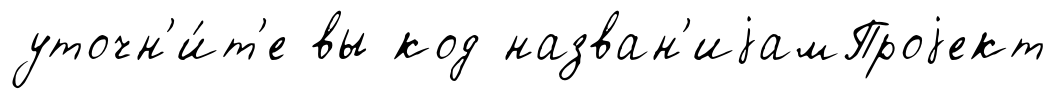
уточн'и́т'е вы код назван'иjамПроjект